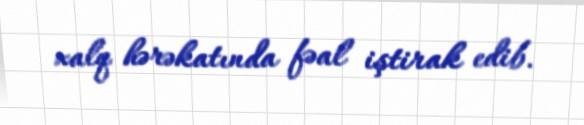
xalq hərəkatında fəal iştirak edib.